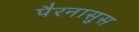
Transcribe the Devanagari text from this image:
पैरनासुस